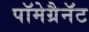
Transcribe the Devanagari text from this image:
पॉमेग्रैनॅट